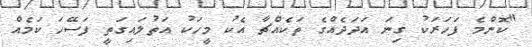
"ކޮންމެ ފަހަރަކު ގިނަ އަދަދެއްގެ ތަކެއްޗާ އެކު މީހަކު އަތުލައިގަތީ ފަސޭހަ ކަމެއް